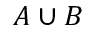
A \cup B